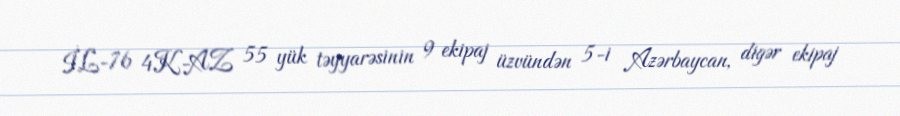
İL-76 4K-AZ 55 yük təyyarəsinin 9 ekipaj üzvündən 5-i Azərbaycan, digər ekipaj